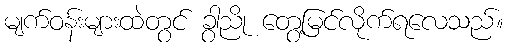
မျက်ဝန်းများထဲတွင် ခွာညို တွေ့မြင်လိုက်ရလေသည်။